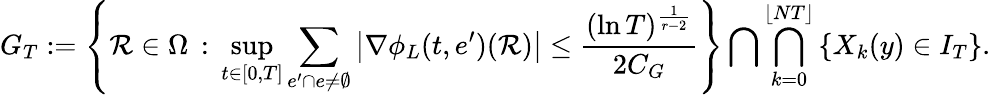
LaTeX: G_{T}:=\left\{ \mathcal{R}\in\Omega\, :\, \operatorname*{sup}_{t\in[0,T]}\sum_{e^{\prime}\cap e\neq\emptyset}\left|\nabla\phi_{L}(t,e^{\prime})(\mathcal{R})\right|\leq\frac{(\ln T)^{\frac{1}{r-2}}}{2C_{G}}\right\} \bigcap\bigcap_{k=0}^{\lfloor NT\rfloor}\left\{ X_{k}(y)\in I_{T}\right\} .